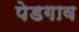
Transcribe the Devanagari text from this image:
पेडगाव